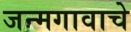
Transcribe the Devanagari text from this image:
जन्मगावाचे